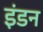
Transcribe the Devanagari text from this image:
इंडन